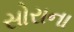
સોરાના